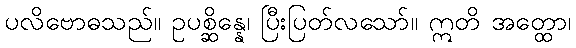
ပလိဗောဓသည်။ ဥပစ္ဆိန္နေ၊ ပြီးပြတ်လသော်။ ဣတိ အတ္ထော၊